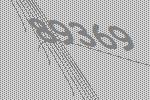
89369